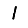
Digit: 1